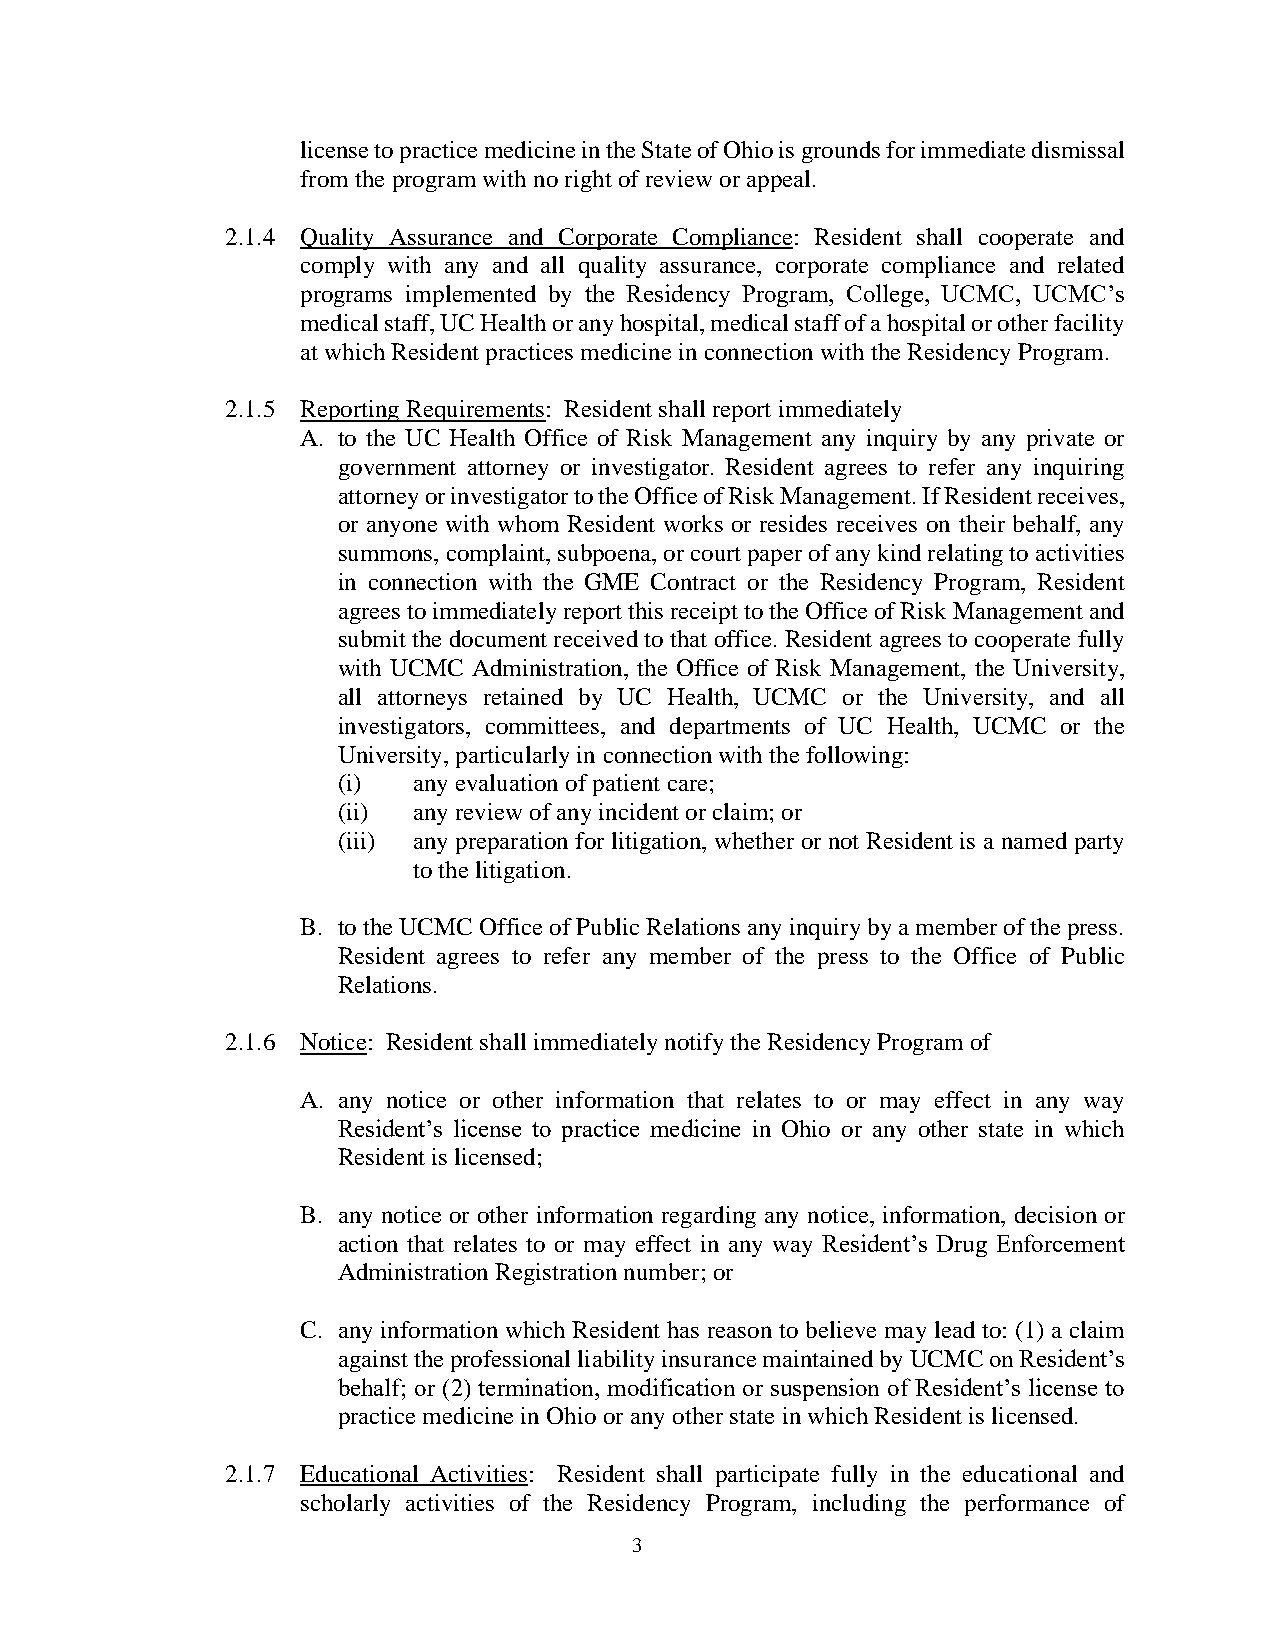
license to practice medicine in the State of Ohio is grounds for immediate dismissal
 from the program with no right of review or appeal.
 2.1.4 Quality Assurance and Corporate Compliance: Resident shall cooperate and
 comply with any and all quality assurance, corporate compliance and related
 programs implemented by the Residency Program, College, UCMC, UCMC’s
 medical staff, UC Health or any hospital, medical staff of a hospital or other facility
 at which Resident practices medicine in connection with the Residency Program.
 2.1.5 Reporting Requirements: Resident shall report immediately
 A. to the UC Health Office of Risk Management any inquiry by any private or
 government attorney or investigator. Resident agrees to refer any inquiring
 attorney or investigator to the Office of Risk Management. If Resident receives,
 or anyone with whom Resident works or resides receives on their behalf, any
 summons, complaint, subpoena, or court paper of any kind relating to activities
 in connection with the GME Contract or the Residency Program, Resident
 agrees to immediately report this receipt to the Office of Risk Management and
 submit the document received to that office. Resident agrees to cooperate fully
 with UCMC Administration, the Office of Risk Management, the University,
 all attorneys retained by UC Health, UCMC or the University, and all
 investigators, committees, and departments of UC Health, UCMC or the
 University, particularly in connection with the following:
 (i)  any evaluation of patient care;
 (ii) any review of any incident or claim; or
 (iii) any preparation for litigation, whether or not Resident is a named party
 to the litigation.
 B. to the UCMC Office of Public Relations any inquiry by a member of the press.
 Resident agrees to refer any member of the press to the Office of Public
 Relations.
 2.1.6 Notice: Resident shall immediately notify the Residency Program of
 A. any notice or other information that relates to or may effect in any way
 Resident’s license to practice medicine in Ohio or any other state in which
 Resident is licensed;
 B. any notice or other information regarding any notice, information, decision or
 action that relates to or may effect in any way Resident’s Drug Enforcement
 Administration Registration number; or
 C. any information which Resident has reason to believe may lead to: (1) a claim
 against the professional liability insurance maintained by UCMC on Resident’s
 behalf; or (2) termination, modification or suspension of Resident’s license to
 practice medicine in Ohio or any other state in which Resident is licensed.
 2.1.7 Educational Activities: Resident shall participate fully in the educational and
 scholarly activities of the Residency Program, including the performance of
 3